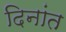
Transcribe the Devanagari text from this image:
दिनांत